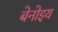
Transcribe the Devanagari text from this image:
बेनोइय